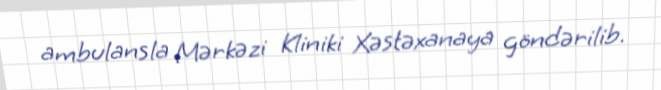
ambulansla Mərkəzi Kliniki Xəstəxanaya göndərilib.